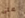
على